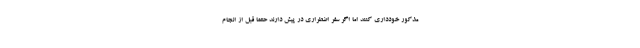
مذکور خودداری کنند اما اگر سفر اضطراری در پیش دارند حتما قبل از انجام